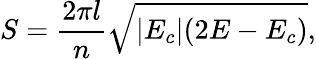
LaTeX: S=\frac{2\pi l}{n}\sqrt{|E_{c}|(2E-E_{c})},